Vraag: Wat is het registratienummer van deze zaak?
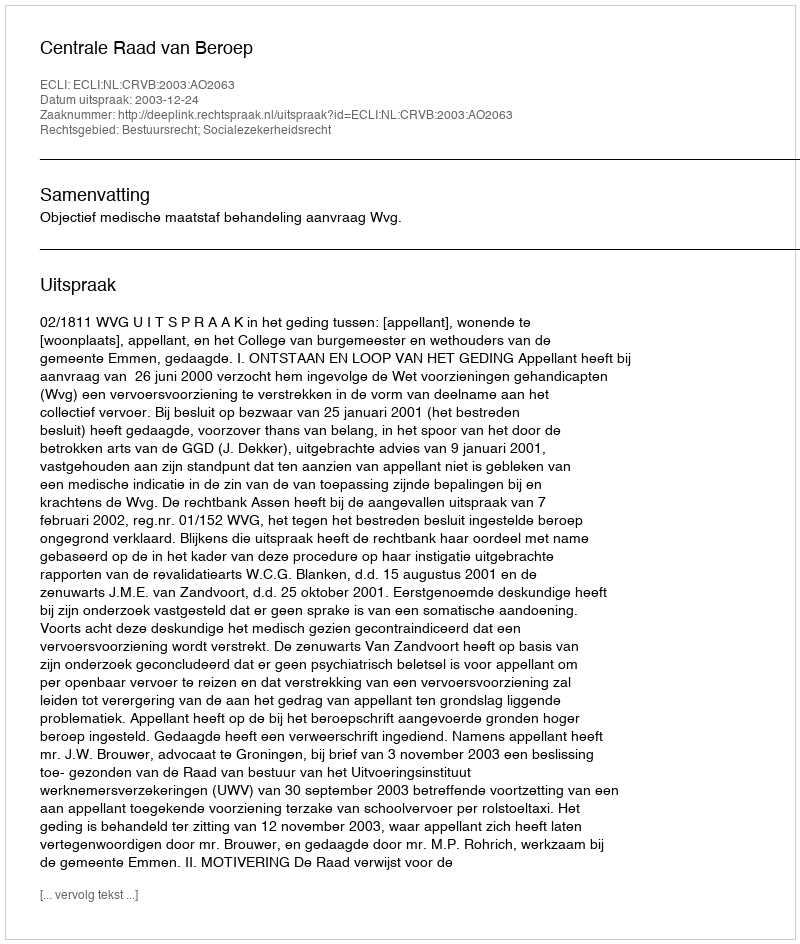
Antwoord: http://deeplink.rechtspraak.nl/uitspraak?id=ECLI:NL:CRVB:2003:AO2063